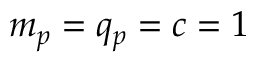
m _ { p } = q _ { p } = c = 1